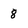
Character: 8